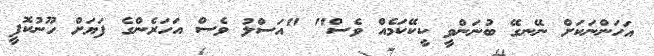
އަހަންނަކަށް ނޭނގޭ ބުނަންވީ ކީކޭކަމެއް ވެސް" "އަސްލު ވެސް އަހަރެންގެ ފަޔަށް ހޫނުކޮފީ